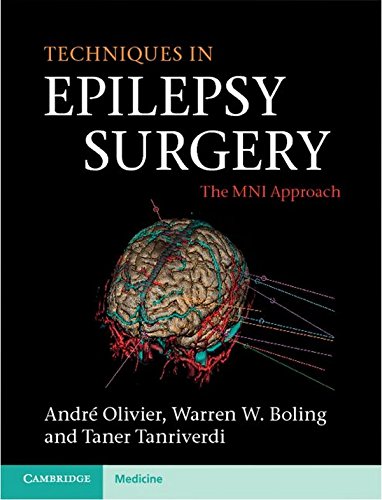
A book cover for Techniques in Epilepsy Surgery: The MNI Approach (Cambridge Medicine); AndrÃ© Olivier; Health, Fitness & Dieting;